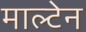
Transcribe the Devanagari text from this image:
माल्टेन